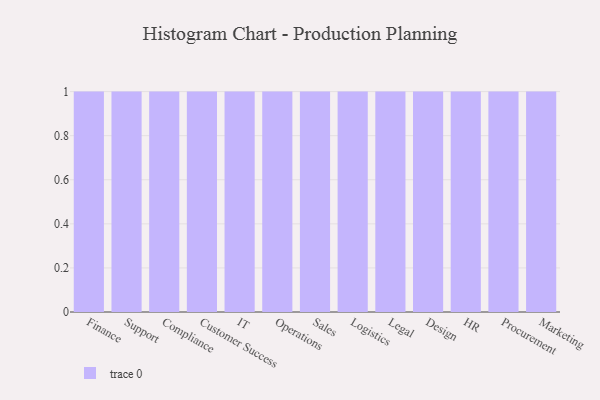
{"axis": {"x": "Department", "y": "Churn Rate (%)"}, "legend": [""], "data": [{"x": "Finance", "y": 77, "type": ""}, {"x": "Support", "y": 4, "type": ""}, {"x": "Compliance", "y": 88, "type": ""}, {"x": "Customer Success", "y": 30, "type": ""}, {"x": "IT", "y": 26, "type": ""}, {"x": "Operations", "y": 11, "type": ""}, {"x": "Sales", "y": 81, "type": ""}, {"x": "Logistics", "y": 49, "type": ""}, {"x": "Legal", "y": 43, "type": ""}, {"x": "Design", "y": 100, "type": ""}, {"x": "HR", "y": 87, "type": ""}, {"x": "Procurement", "y": 37, "type": ""}, {"x": "Marketing", "y": 55, "type": ""}]}